Report on malaria in the Punjab during the year ...  together with an account of the work of the Punjab Malaria Bureau - Volume 5
Disease focus: Malaria
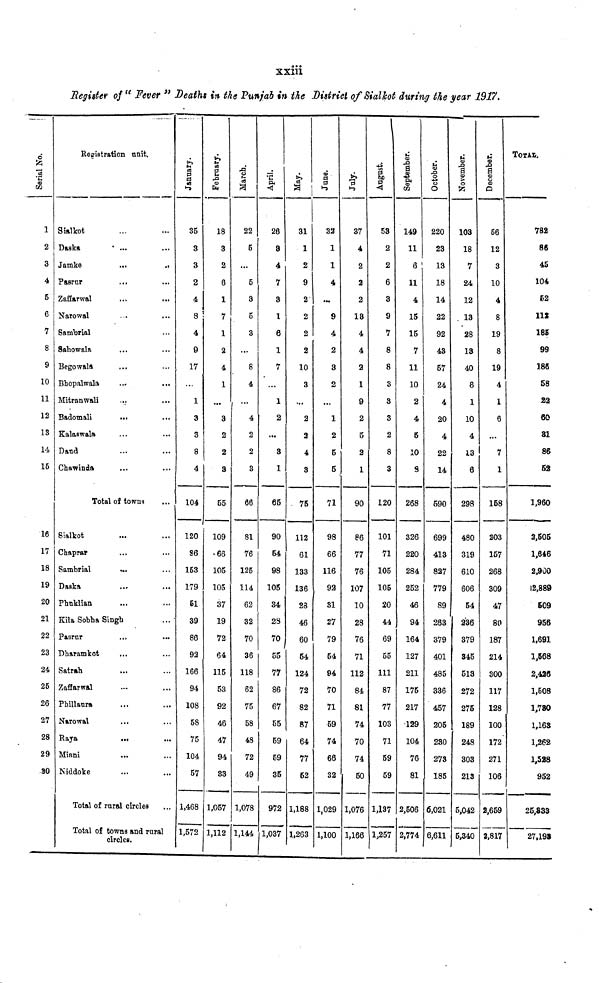
xxiii
Register of " Fever " Deaths in the Punjab in the District of Sialkot during the year 1917.
Serial No.
2
3
4
5
6
7
8
9
10
11
12
13
14
15
16
17
18
19
20
21
22
23
24
25
26
27
28
29
30
Registration unit.
Sialkot
Daska
Jamke
Pasrur
Zaffarwal
Narowal
Samrial
Sahowala
Begowala
Bhopalwala
Mitranwali
Badomali
Kalaswala
Daud
Chawinda
• ...
...
...
...
...
...
...
...
...
...
Total of towns
Sialkot
Chaprar
Sambrial
Daska
Phuklian
...
...
...
...
Kila Sobha Singh
Pasrur
Dharamkot
Satrah
Zaffarwal
Phillaura
Narowal
Raya
Miani
Niddoke
...
...
...
...
...
...
...
...
Total of rural circles
...
..
...
...
...
...
...
...
...
...
...
...
...
...
...
...
...
...
...
...
...
...
Total of towns and rural
circles.
January.
35
3
3
2
4
8
4
9
17
1
3
3
8
4
104
120
86
153
179
61
39
86
92
166
94
108
58
75
104
57
1,468
1,572
February.
18
3
2
6
1
7
1
2
4
1
...
3
2
2
3
55
109
66
105
105
37
19
72
64
115
53
92
46
47
94
S3
1,057
1,112
March.
22
5
...
5
3
5
3
8
4
4
2
2
3
66
81
76
125
114
62
32
70
36
118
62
75
58
48
72
49
1,078
1,144
April.
26
3
4
7
3
1
6
1
7
1
2
...
3
1
65
90
54
98
105
34
28
70
55
77
86
67
55
59
59
35
972
1,037
May.
31
1
2
9
2
2
2
2
10
3
...
2
2
4
3
75
112
61
133
136
28
46
60
54
124
72
82
87
64
77
52
1,188
1,263
June.
32
1
1
4
9
4
2
3
2
...
1
2
5
5
71
98
66
116
92
31
27
79
54
94
70
71
59
74
66
32
1,029
1,100
July.
37
4
2
2
2
13
4
4
2
1
9
2
5
2
1
90
86
77
76
107
10
28
76
71
112
84
81
74
70
74
50
1,076
1,166
August.
53
2
2
6
3
9
7
8
8
3
3
3
2
8
3
120
101
71
105
105
20
44
69
55
111
87
77
103
71
59
59
1,137
1,257
September.
149
11
6
11
4
15
15
7
11
10
2
4
5
10
9
268
326
220
284
252
46
94
164
127
211
175
217
129
104
76
81
2,506
2,774
October.
220
23
13
18
14
22
92
43
57
24
4
20
4
22
14
590
699
413
827
779
89
263
379
401
485
336
457
205
230
273
185
6,021
6,611
November.
103
18
7
24
12
13
28
13
40
6
1
10
4
13
6
298
480
319
610
606
54
236
379
345
513
272
275
189
248
303
213
5,042
5,340
December.
66
12
3
10
4
8
19
8
19
4
1
6
7
1
158
203
157
268
309
47
80
187
214
300
117
128
100
172
271
106
2,659
2,817
TOTAL
782
86
45
104
52
112
185
99
186
58
22
60
81
86
52
1,960
2,505
1,646
2,900
12,889
609
956
1,691
1,568
2,426
1,508
1,780
1,163
1,262
1,528
952
25,333
27,198